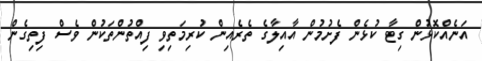
އަނެއްކޮޅުން ގިޓާ ކުޅެން ފެށުމުން އާއިލާގެ ތެރެއިން ކުރިމަތިވި ފިއްތުންތަކުން ވެސް ފިތިގެން